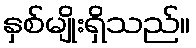
နှစ်မျိုးရှိသည်။